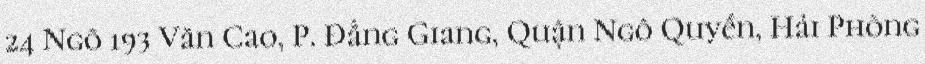
24 Ngõ 193 Văn Cao, P. Đằng Giang, Quận Ngô Quyền, Hải Phòng